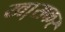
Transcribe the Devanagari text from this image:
खा़सकर